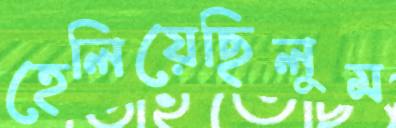
হেলিয়েছিলুম